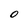
Character: 0